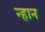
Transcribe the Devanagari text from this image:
न्हान